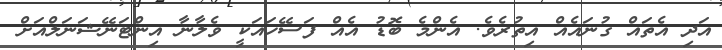
އަދި އެތައް ގުނައެއް އިތުރެވެ. އެންމެ ބޮޑު އެއް ފަސޭހައަކީ ވެލާނާ އިންޓަނޭޝަނަލްއަށް